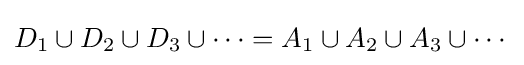
D_{1}\cup D_{2}\cup D_{3}\cup \cdots =A_{1}\cup A_{2}\cup A_{3}\cup \cdots